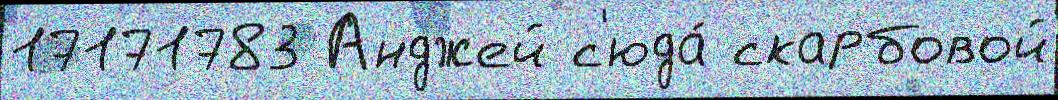
17171783 Анджей с'юда́ скарбовой